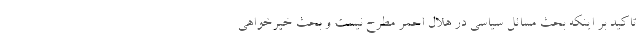
تاکید بر اینکه بحث مسائل سیاسی در هلال احمر مطرح نیست و بحث خیرخواهی